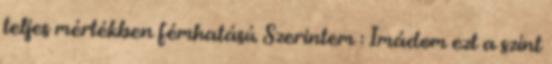
teljes mértékben fémhatású. Szerintem : Imádom ezt a színt